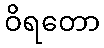
ဝိရတော